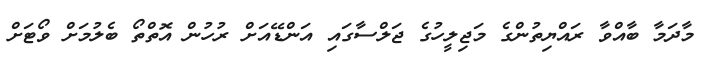
މާދަމާ ބާއްވާ ރައްޔިތުންގެ މަޖިލީހުގެ ޖަލްސާގައި އަންޑޭއަށް ރުހުން އޮތްތޯ ބެލުމަށް ވޯޓަށް